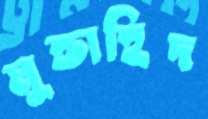
মুত্তাহিদ